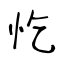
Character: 忔